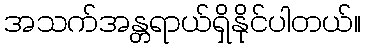
အသက်အန္တရာယ်ရှိနိုင်ပါတယ်။